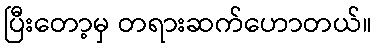
ပြီးတော့မှ တရားဆက်ဟောတယ်။